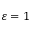
\varepsilon = 1